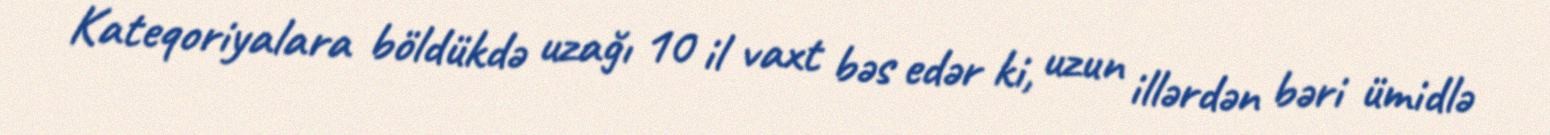
Kateqoriyalara böldükdə uzağı 10 il vaxt bəs edər ki, uzun illərdən bəri ümidlə